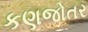
કણજોતર